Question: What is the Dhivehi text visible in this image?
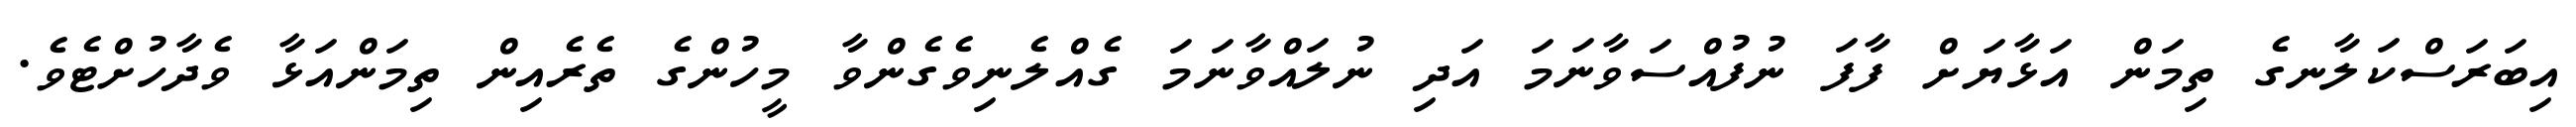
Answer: އިބަރަސްކަލާނގެ ތިމަން އަޅާޔަށް ފާފަ ނުފުއްސަވާނަމަ އަދި ނުލައްވާނަމަ ގެއްލެނިވެގެންވާ މީހުންގެ ތެރެއިން ތިމަންއަޅާ ވެދާހުށްޓެވެ.